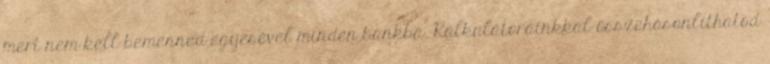
mert nem kell bemenned egyesével minden bankba. Kalkulátorainkkal összehasonlíthatod